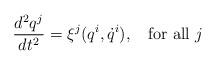
LaTeX: \begin{align*}\frac{d^2 q^{j}}{dt^2} = \xi^{j} (q^{i}, \dot{q}^{i}), \; \; \mbox{ for all } j\end{align*}